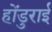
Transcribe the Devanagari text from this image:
होंडुराई